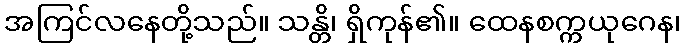
အကြင်လနေတို့သည်။ သန္တိ၊ ရှိကုန်၏။ ထေနစက္ကယုဂေန၊